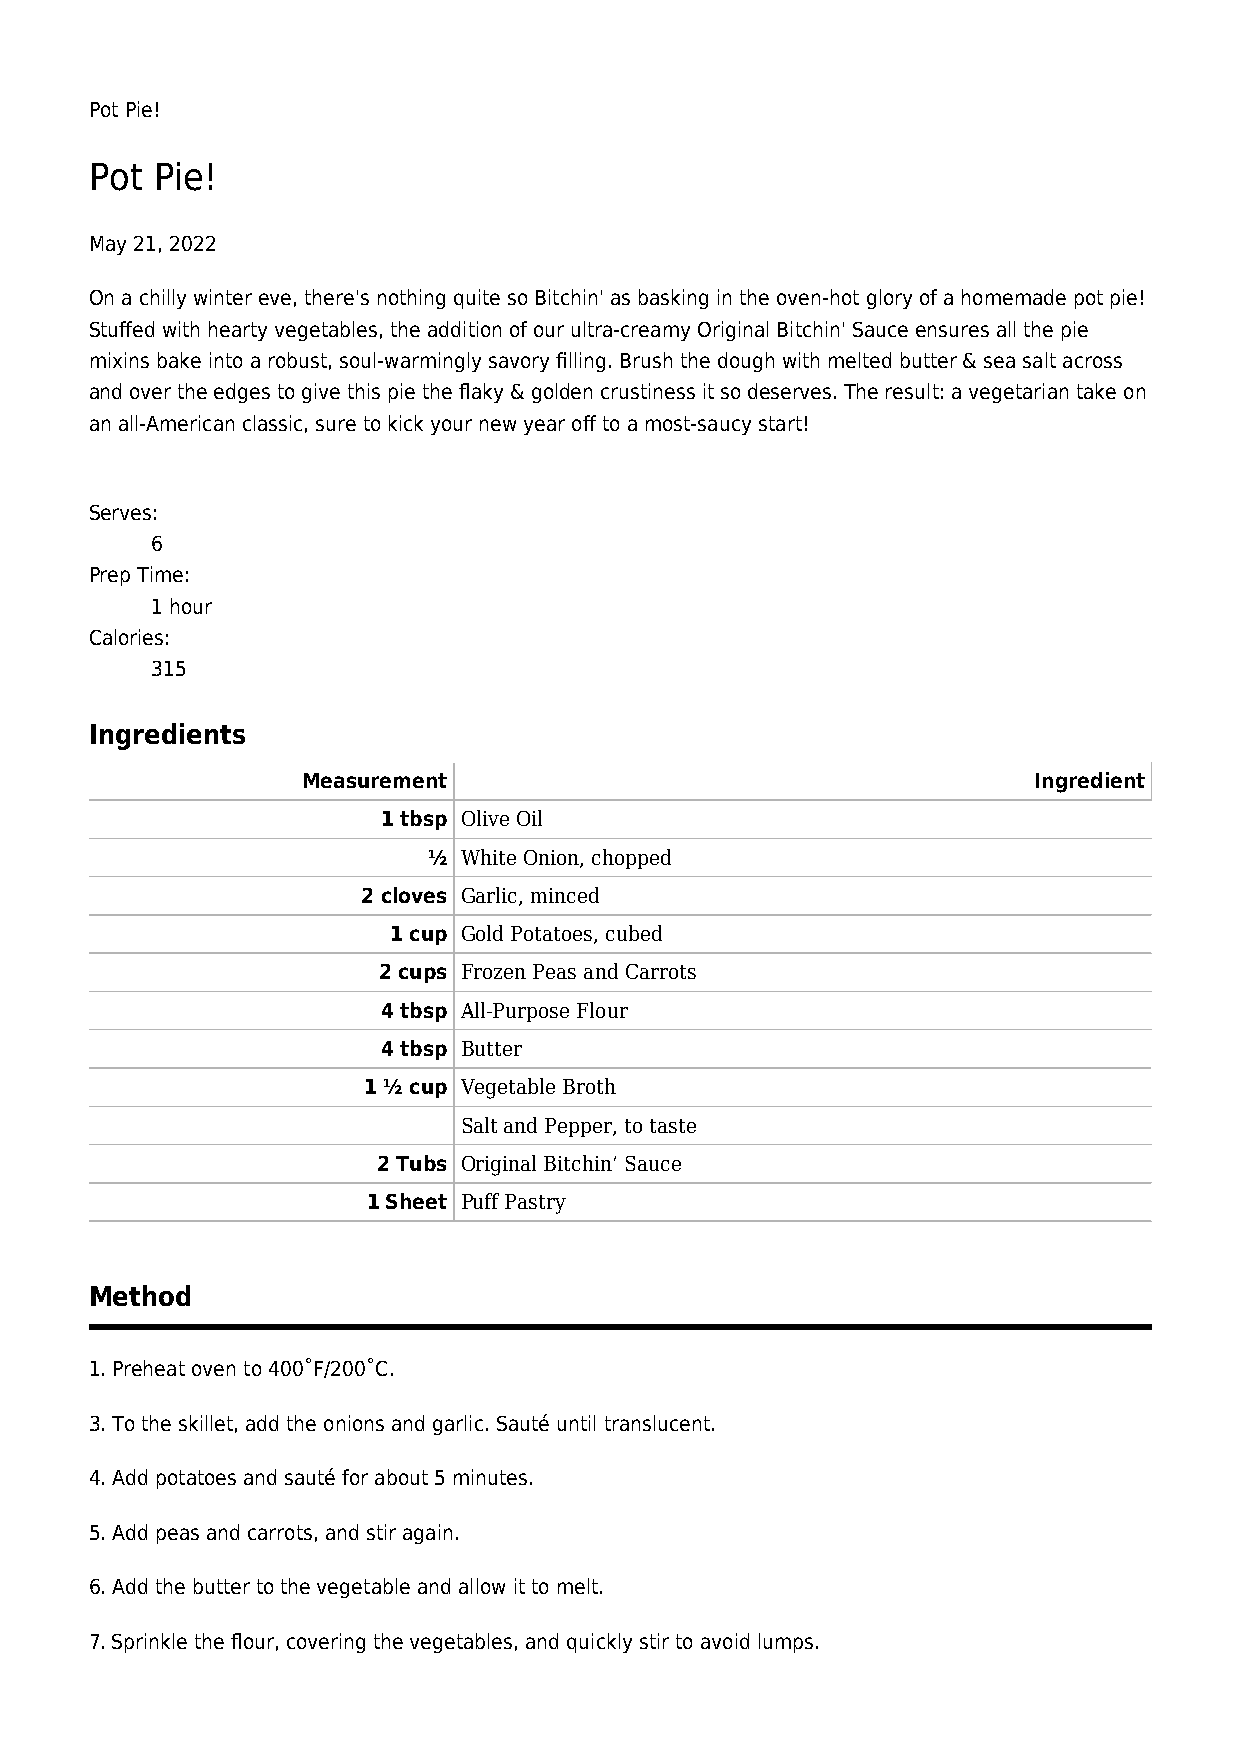
Pot Pie!
 Pot Pie!
 May 21, 2022
 On a chilly winter eve, there's nothing quite so Bitchin' as basking in the oven-hot glory of a homemade pot pie!
 Stuffed with hearty vegetables, the addition of our ultra-creamy Original Bitchin' Sauce ensures all the pie
 mixins bake into a robust, soul-warmingly savory filling. Brush the dough with melted butter & sea salt across
 and over the edges to give this pie the flaky & golden crustiness it so deserves. The result: a vegetarian take on
 an all-American classic, sure to kick your new year off to a most-saucy start!
 Serves:
 6
 Prep Time:
 1 hour
 Calories:
 315
 Ingredients
 Measurement                                     Ingredient
 1 tbsp Olive Oil
 ½ White Onion, chopped
 2 cloves Garlic, minced
 1 cup Gold Potatoes, cubed
 2 cups Frozen Peas and Carrots
 4 tbsp All-Purpose Flour
 4 tbsp Butter
 1 ½ cup Vegetable Broth
 Salt and Pepper, to taste
 2 Tubs Original Bitchin’ Sauce
 1 Sheet Puff Pastry
 Method
 1. Preheat oven to 400˚F/200˚C.
 3. To the skillet, add the onions and garlic. Sauté until translucent.
 4. Add potatoes and sauté for about 5 minutes.
 5. Add peas and carrots, and stir again.
 6. Add the butter to the vegetable and allow it to melt.
 7. Sprinkle the flour, covering the vegetables, and quickly stir to avoid lumps.